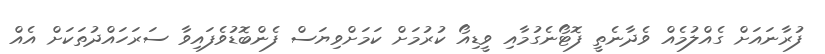
ފުރާނައަށް ގެއްލުމެއް ވެދާނެތީ ފޮޓޯނެގުމާއި ވީޑިއޯ ކުރުމަށް ކަމަށްވިޔަސް ފެންބޮޑުވެފައިވާ ސަރަހައްދުތަކަށް އެއް